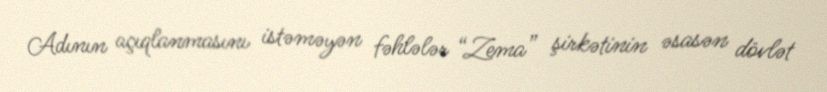
Adının açıqlanmasını istəməyən fəhlələr “Zema” şirkətinin əsasən dövlət